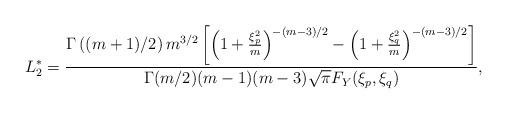
LaTeX: \begin{align*} L_{2}^{\ast}&=\frac{\Gamma\left((m+1)/2\right)m^{3/2}\left[\left(1+\frac{\xi_{p}^{2}}{m}\right)^{-(m-3)/2}-\left(1+\frac{\xi_{q}^{2}}{m}\right)^{-(m-3)/2}\right]}{\Gamma(m/2)(m-1)(m-3)\sqrt{\pi}F_{Y}(\xi_{p},\xi_{q})},\end{align*}